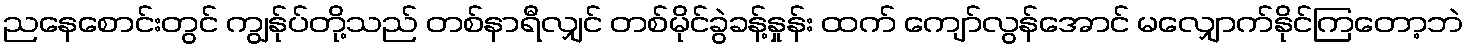
ညနေစောင်းတွင် ကျွန်ုပ်တို့သည် တစ်နာရီလျှင် တစ်မိုင်ခွဲခန့်နှုန်း ထက် ကျော်လွန်အောင် မလျှောက်နိုင်ကြတော့ဘဲ